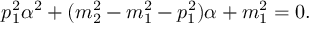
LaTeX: p _ { 1 } ^ { 2 } \alpha ^ { 2 } + ( m _ { 2 } ^ { 2 } - m _ { 1 } ^ { 2 } - p _ { 1 } ^ { 2 } ) \alpha + m _ { 1 } ^ { 2 } = 0 .